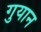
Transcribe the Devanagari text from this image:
गुयान